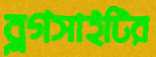
ব্লগসাইটির